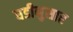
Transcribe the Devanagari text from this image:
घडीनुसार